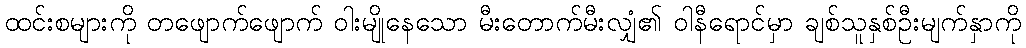
ထင်းစများကို တဖျောက်ဖျောက် ဝါးမျိုနေသော မီးတောက်မီးလျှံ၏ ဝါနီရောင်မှာ ချစ်သူနှစ်ဦးမျက်နှာကို